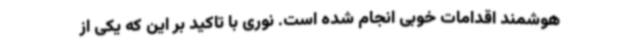
هوشمند اقدامات خوبی انجام شده است. نوری با تاکید بر این که یکی از